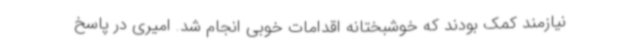
نیازمند کمک بودند که خوشبختانه اقدامات خوبی انجام شد. امیری در پاسخ